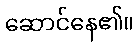
ဆောင်နေ၏။